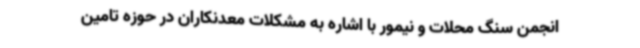
انجمن سنگ محلات و نیمور با اشاره به مشکلات معدنکاران در حوزه تامین